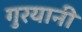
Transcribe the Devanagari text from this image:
गुरयानी